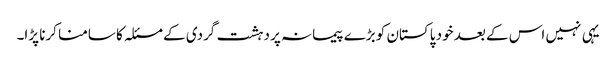
یہی نہیں اس کے بعد خود پاکستان کو بڑے پیمانہ پر دہشت گردی کے مسئلہ کا سامنا کرنا پڑا۔